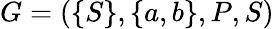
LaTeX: G=(\{ S\} ,\{ a,b\} ,P,S)